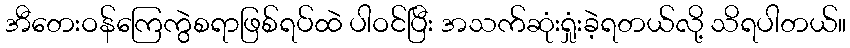
အီတေးဝန်ကြေကွဲစရာဖြစ်ရပ်ထဲ ပါဝင်ပြီး အသက်ဆုံးရှုံးခဲ့ရတယ်လို့ သိရပါတယ်။